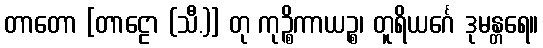
တာတော [တာဠော (သီ.)] တု ကုဉ္စိကာယဉ္စ၊ တူရိယင်္ဂေ ဒုမန္တရေ။